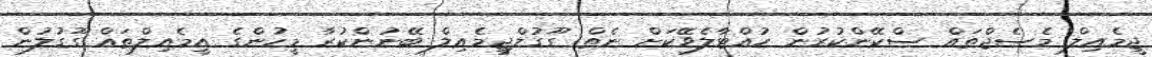
ޖީމެއިލް މެސެޖްތައް ސްކޭންކުރުން ހުއްޓާލެވޭކަށް ނެތް: ގޫގުލްޖީމެއިލް ބޭނުންކުރާ މީހުންގެ އީމެއިލްތައް ގޫގުލުން